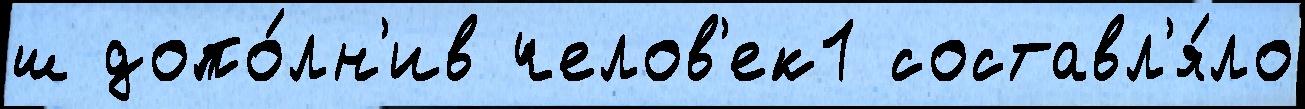
ш допо́лн'ив челов'ек1 составл'я́ло